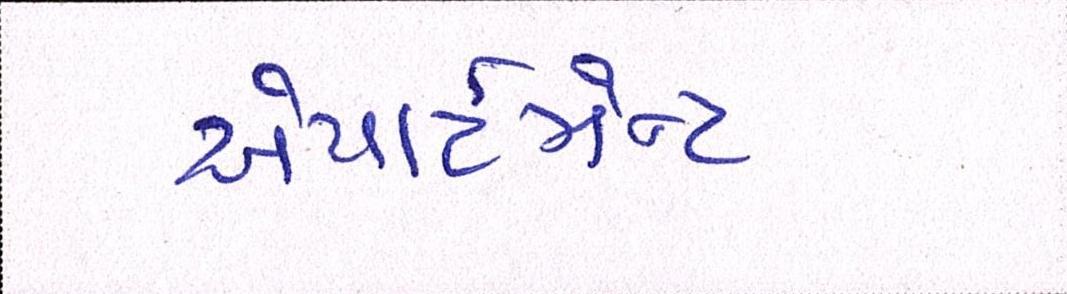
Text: એપાર્ટમેન્ટ